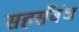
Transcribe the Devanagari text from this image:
सहसँबंध